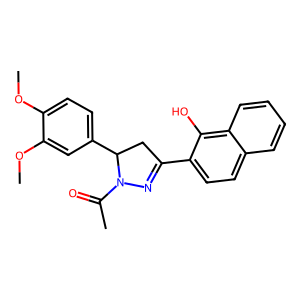
SMILES: COc1ccc(C2CC(c3ccc4ccccc4c3O)=NN2C(C)=O)cc1OC
Inhibits HIV replication: No